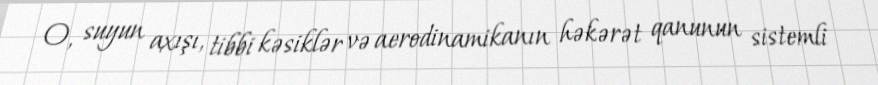
O, suyun axışı, tibbi kəsiklər və aerodinamikanın həkərət qanunun sistemli